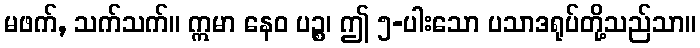
မဖက်, သက်သက်။ ဣမာ နေဝ ပဉ္စ၊ ဤ ၅-ပါးသော ပသာဒရုပ်တို့သည်သာ။